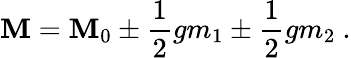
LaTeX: \mathbf{M}=\mathbf{M}_{0}\pm{\frac{{1}}{{2}}}gm_{1}\pm{\frac{{1}}{{2}}}gm_{2}\ .